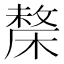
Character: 𣘬